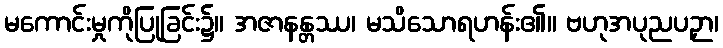
မကောင်းမှုကိုပြုခြင်း၌။ အဇာနန္တဿ၊ မသိသောရဟန်း၏။ ဗဟုအပုညပဉှာ၊